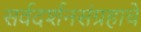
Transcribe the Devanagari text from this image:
सर्वदर्शनसंग्रहाचे